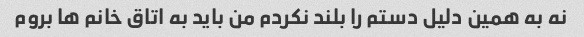
نه به همین دلیل دستم را بلند نکردم من باید به اتاق خانم ها بروم